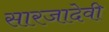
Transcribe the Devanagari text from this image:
सारजादेवी